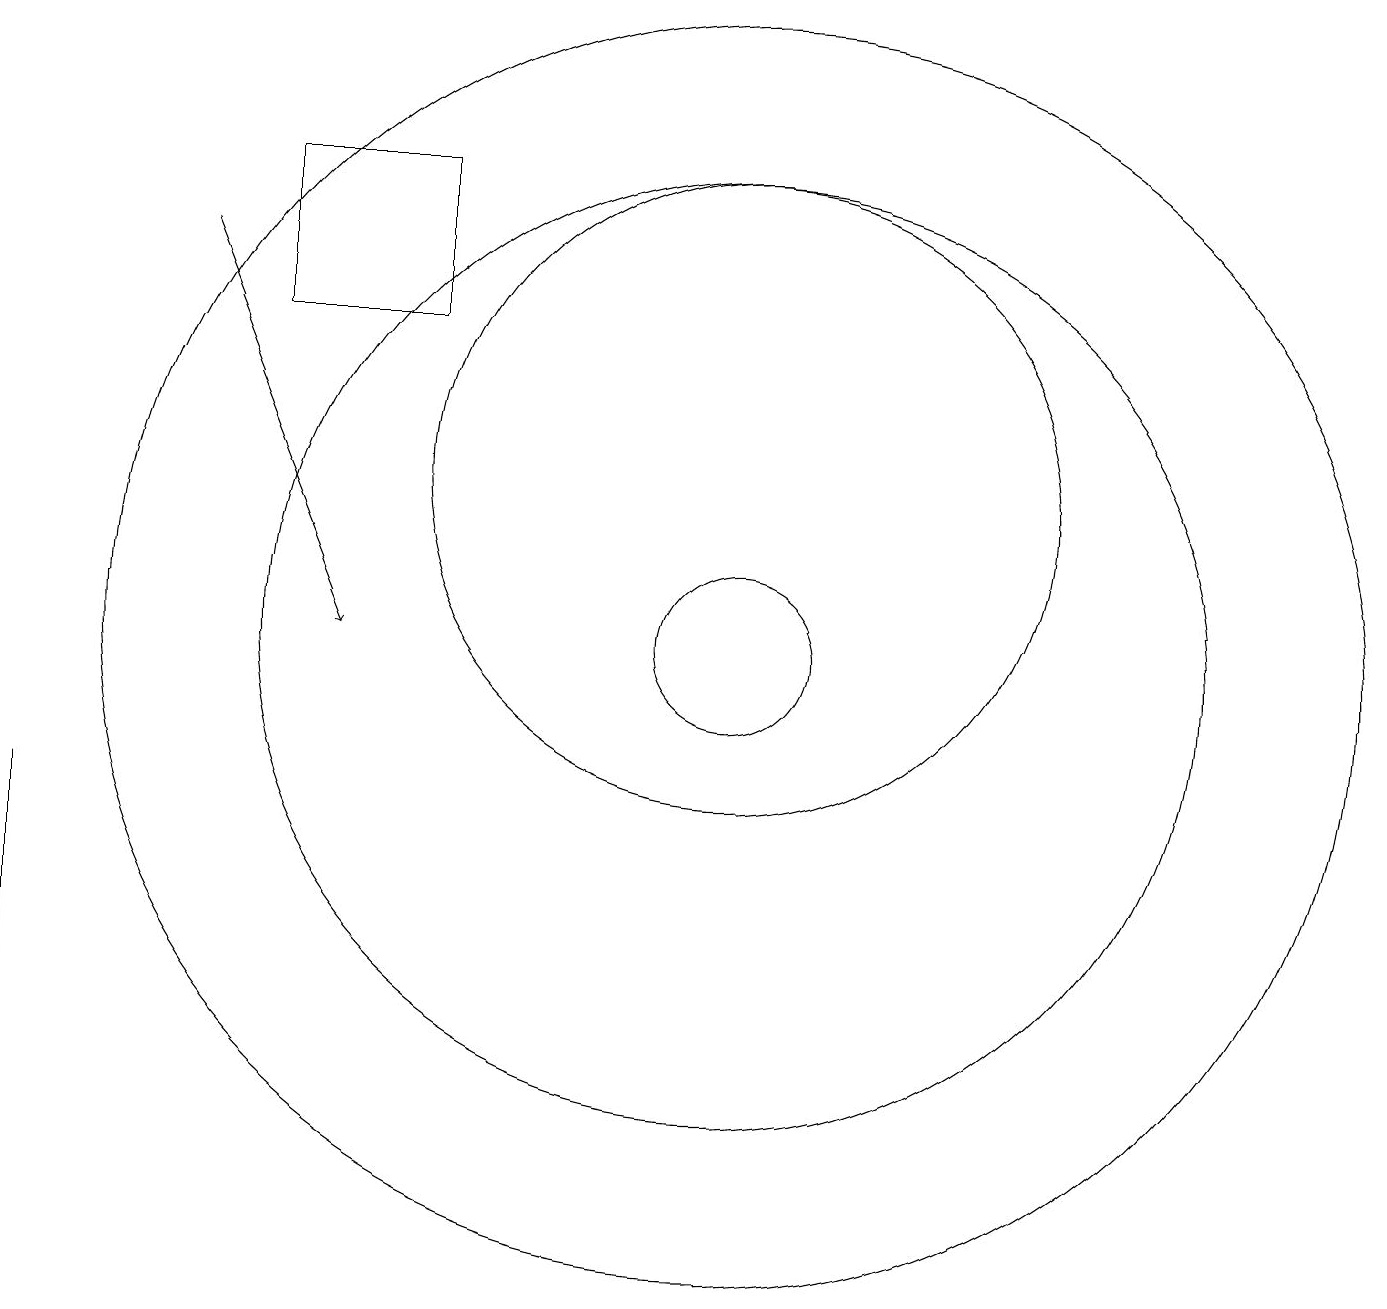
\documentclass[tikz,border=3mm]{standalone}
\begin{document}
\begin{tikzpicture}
\draw (10,10) circle (1);
\draw (6,16) rectangle (4,14);
\draw (10,12) circle (4);
\draw (10,10) circle (6);
\draw[->] (3,15) -- (5,10);
\draw (1,4) -- (1,4) -- (1,8) -- cycle;
\draw (10,10) circle (8);
\draw (10,11) circle (0);
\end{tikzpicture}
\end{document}